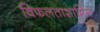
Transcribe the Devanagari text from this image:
विफलताशामिल